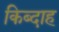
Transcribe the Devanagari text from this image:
किब्दाह